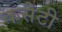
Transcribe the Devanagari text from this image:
कसैटी